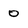
Character: 0